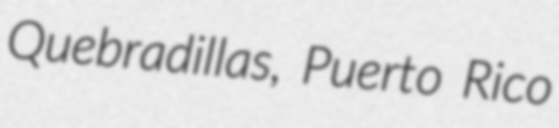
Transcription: Quebradillas, Puerto Rico